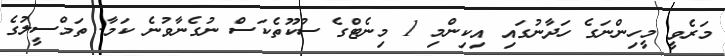
މަރެވީ މީހިންނަގެ ހަދާނުގައި އިކިންމި 1 މިނެޓްގެ ސުކޫތެކަސް ނުގެނާވުނެ ކަމާ. ތަމްސީލުގެ